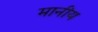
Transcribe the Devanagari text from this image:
मानीय